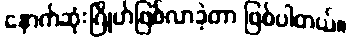
နောက်ဆုံးဂြိုဟ်ဖြစ်လာခဲ့တာ ဖြစ်ပါတယ်။